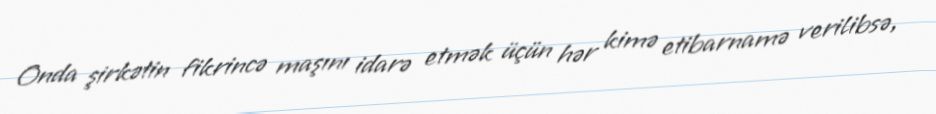
Onda şirkətin fikrincə maşını idarə etmək üçün hər kimə etibarnamə verilibsə,